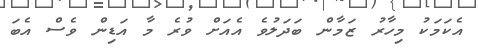
އެކަމަކު މިހާރު ޒަމާން ބަދަލުވެ އެއަށް ވުރެ މާ އަޑިން ވެސް އެބަ